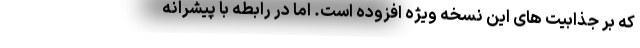
که بر جذابیت های این نسخه ویژه افزوده است. اما در رابطه با پیشرانه